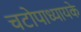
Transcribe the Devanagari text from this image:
चटोपाध्यायके